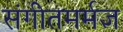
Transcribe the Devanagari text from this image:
संगीतमर्मज्ञ